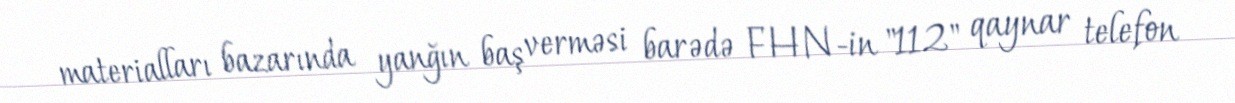
materialları bazarında yanğın baş verməsi barədə FHN-in "112" qaynar telefon